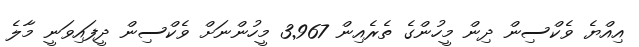
އިއްޔެ ވެކްސިން ދިން މީހުންގެ ތެރެއިން 3